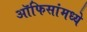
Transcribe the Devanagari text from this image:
ऑफिसांमध्ये